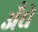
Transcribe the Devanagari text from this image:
अँधे